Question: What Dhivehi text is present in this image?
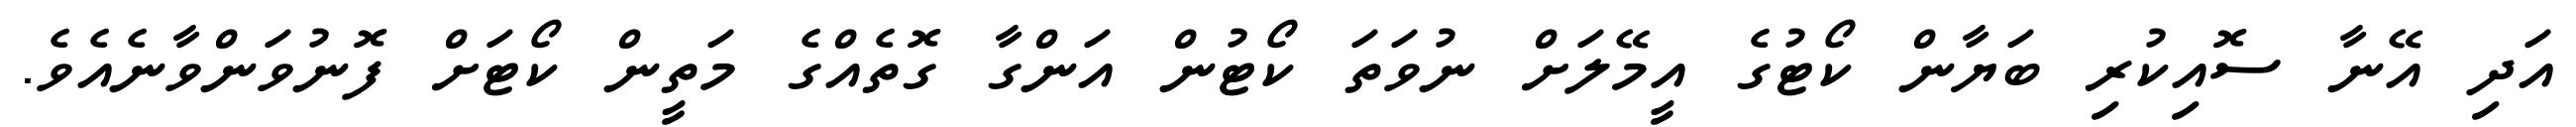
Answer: އަދި އޭނާ ސޮއިކުރި ބަޔާން ކޯޓުގެ އީމޭލަށް ނުވަތަ ކޯޓުން އަންގާ ގޮތެއްގެ މަތީން ކޯޓަށް ފޮނުވަންވާނެއެވެ.